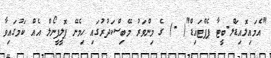
"އެމައިލޮއިޑަލް-ބީޓާ ޕެޕްޓައިޑް"( -) ގެ މިންވަރު މޭބިސްކަދުރުގައި ހިމެނޭ ޕޮލީފީނޯލް އެއް ކަމުގައިވާ